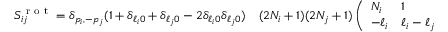
\begin{array} { r l } { S _ { i j } ^ { \mathrm { ~ r ~ o ~ t ~ } } = \delta _ { p _ { i } , - p _ { j } } ( 1 + \delta _ { \ell _ { i } 0 } + \delta _ { \ell _ { j } 0 } - 2 \delta _ { \ell _ { i } 0 } \delta _ { \ell _ { j } 0 } ) } & { { } ( 2 N _ { i } + 1 ) ( 2 N _ { j } + 1 ) \left( \begin{array} { l l l } { N _ { i } } & { 1 } & { N _ { j } } \\ { - \ell _ { i } } & { \ell _ { i } - \ell _ { j } } & { \ell _ { j } } \end{array} \right) ^ { 2 } ( 2 J _ { i } + 1 ) ( 2 J _ { j } + 1 ) \left\{ \begin{array} { l l l } { N _ { j } } & { J _ { j } } & { S } \\ { J _ { i } } & { N _ { i } } & { 1 } \end{array} \right\} ^ { 2 } , } \end{array}